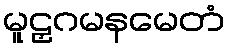
မူဠှဂမနမေတံ